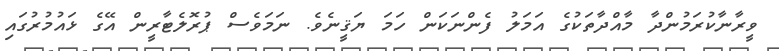
ވީރާނާކުރަމުންދާ މާއްދާތަކުގެ އަމަލު ފެންނަކަން ހަމަ ޔަޤީނެވެ. ނަމަވެސް ޕުރޮލެޓާރީން އޭގެ ޅައުމުރުގައި